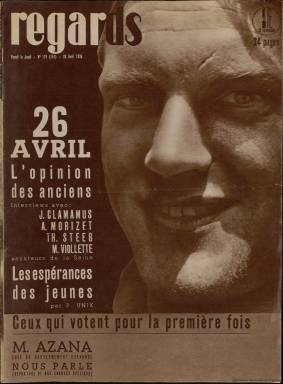
Título: Regards (Paris. 1933)
Colección: Guerra civil || Revistas de información general
Ámbito geográfico: Francia
Lugar de publicación: Paris
Fechas: 23/04/1936-09/03/1939

Revista francesa editada en París de gran importancia para la Historia de España por la amplia cobertura gráfica que dio a la Guerra Civil, con amplios reportajes en los que la fotografía tenía un papel destacado y en la que colaboraron importantes reporteros gráficos como la pareja que firmaba sus obras con el nombre mítico de Robert Capa.

   La publicación, de tendencia comunista, comenzó a editarse en 1932 con el nombre de Regards sur le monde du travail para pasar el año siguiente a titularse simplemente Regards (Miradas). Se trata de una de las publicaciones pioneras del llamado fotoperiodismo, en el que la imagen prevalece o tiene tanta importancia como el texto para relatar la actualidad.

    El semanario, donde lógicamente predominaba la actualidad francesa, comenzó a ocuparse en profundidad de la guerra española nada más comenzar. En su número del 23 de julio de 1936, aunque apenas había llegado la información a París,  ya incluyó una foto de Franco bajo el título “Insurrección fascista en España”. Fue en el siguiente del 30 de julio donde abrió con una portada de un miliciano con su fusil al hombro y seis páginas interiores de fotografías sobre los acontecimientos, además de los retratos de Largo Caballero, la Pasionaria y José Díaz, secretario general del Partido Comunista de España, con lo que dejaba clara su orientación política. Una de las colaboradoras asiduas de la revista fue Margarita Nelken, diputada española socialista y más tarde comunista.

   Impactante es el número correspondiente al 11 de noviembre de 1936. En la portada, con un miliciano mirando al cielo, se acusa al bando rebelde de asesinar niños en los bombardeos sobre Madrid. Una doble página interior muestra los cadáveres alineados de varios niños muertos por la metralla. El semanario aprovecha esta imagen tan emocional para alertar a los franceses del peligro que supone el fascismo en Europa. En ese momento, Hitler tiene todo el poder en Alemania y Mussolini en Italia.

   Una sensacional portada de la revista es la del 29 de abril de 1937. En ella se ve a un combatiente en el momento de arrojar una granada a las filas enemigas. Se trata de un primer plano cuya veracidad es dudosa, dado que pudiera tratarse de una pose. Es como la foto “Muerte de un miliciano” atribuida a Robert Capa y que se ha convertido en un icono de la Guerra Civil española. Hay quien sospecha que la foto no refleja una acción bélica y que pudo ser preparada.

   En Regards, uno de los fotógrafos más identificados es David Seymour, Chim, quien en 1947 formaría la célebre agencia Magnum junto con Robert Capa. Éste por entonces era ya sólo el húngaro Endre Ernö Friedman, dado que su compañera, la alemana Gerda Taro, había muerto en accidente en la guerra española en 1937. La pareja había adoptado en sus comienzos el nombre americano inventado de Robert Capa para vender más fácilmente sus fotografías.

   Las fotos de la contienda española que hizo la pareja están menos identificadas que las que hizo Chim. Pero sí lo están claramente, con el nombre de Capa, una serie de ellas tomadas en el frente de Córdoba y aparecidas en el número del 24 de septiembre de 1936. En estos combates es donde se hizo también la foto “Muerte de un miliciano”, que apareció un día antes en la revista también francesa Vu, y un año después volvió a publicarse en la revista Life, convirtiéndose desde entonces no sólo en la mítica foto de la Guerra Civil sino también en una de las fotografías más célebres de la Historia.

[Descripción publicada el 7/2/2020]